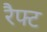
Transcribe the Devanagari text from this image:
रैफ्ट